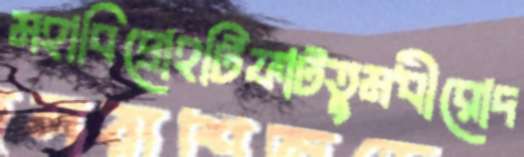
মহাবিদ্রোহটিফাটতুমধীরোদ